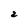
Character: 2